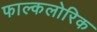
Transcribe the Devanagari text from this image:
फाल्कलोरिक